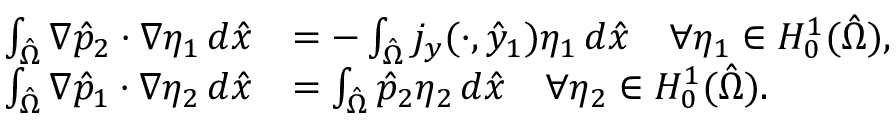
\begin{array} { r l } { \int _ { \hat { \Omega } } \nabla \hat { p } _ { 2 } \cdot \nabla \eta _ { 1 } \, d \hat { x } } & { = - \int _ { \hat { \Omega } } j _ { y } ( \cdot , \hat { y } _ { 1 } ) \eta _ { 1 } \, d \hat { x } \quad \forall \eta _ { 1 } \in H _ { 0 } ^ { 1 } ( \hat { \Omega } ) , } \\ { \int _ { \hat { \Omega } } \nabla \hat { p } _ { 1 } \cdot \nabla \eta _ { 2 } \, d \hat { x } } & { = \int _ { \hat { \Omega } } \hat { p } _ { 2 } \eta _ { 2 } \, d \hat { x } \quad \forall \eta _ { 2 } \in H _ { 0 } ^ { 1 } ( \hat { \Omega } ) . } \end{array}